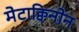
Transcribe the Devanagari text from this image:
मेटाक्विनोन